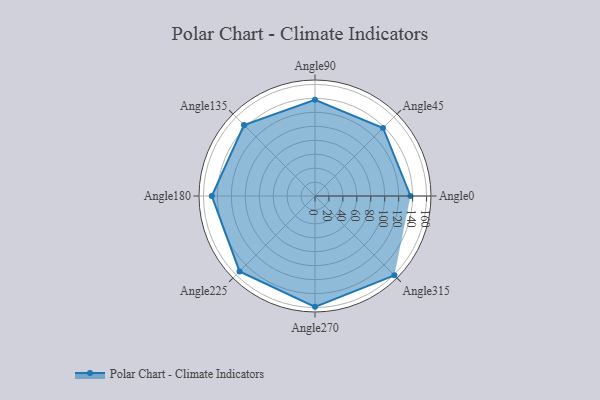
{"axis": {"x": "Angle", "y": "Radius"}, "legend": [""], "data": [{"x": "Angle0", "y": 137.0, "type": ""}, {"x": "Angle45", "y": 138.0, "type": ""}, {"x": "Angle90", "y": 138.0, "type": ""}, {"x": "Angle135", "y": 144.0, "type": ""}, {"x": "Angle180", "y": 148.0, "type": ""}, {"x": "Angle225", "y": 153.0, "type": ""}, {"x": "Angle270", "y": 159.0, "type": ""}, {"x": "Angle315", "y": 161.0, "type": ""}]}